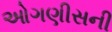
ઓગણીસની